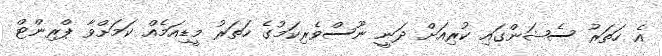
އެ ހަތަރު ސެޝަންގައި ކުރިއަށް ދަނީ ނޫސްވެރިކަމުގެ ހަތަރު މީޑިއަމެއް ކަމަށްވާ ޕްރިންޓް